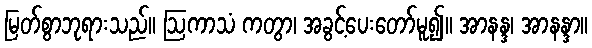
မြတ်စွာဘုရားသည်။ ဩကာသံ ကတွာ၊ အခွင့်ပေးတော်မူ၍။ အာနန္ဒ၊ အာနန္ဒာ။